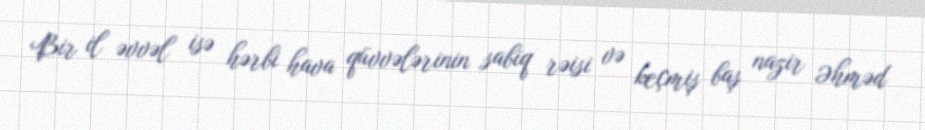
Bir il əvvəl isə hərbi hava qüvvələrinin sabiq rəisi və keçmiş baş nazir Əhməd